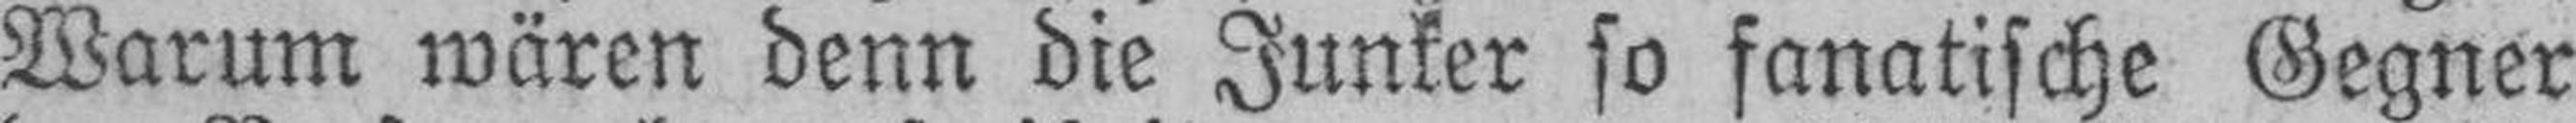
Warum wären denn die Junker so fanatische Gegner